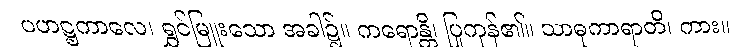
ပဟဋ္ဌကာလေ၊ ရွှင်မြူးသော အခါ၌။ ကရောန္တိ၊ ပြုကုန်၏။ သာဓုကာရာတိ၊ ကား။